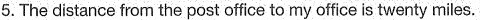
5. The distance from the post office to my office is twenty miles.